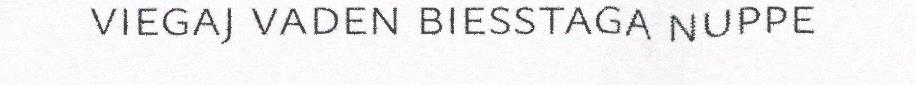
viegaj vaden biesstaga nuppe